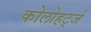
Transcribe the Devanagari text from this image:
कोलोहर्ट्ज